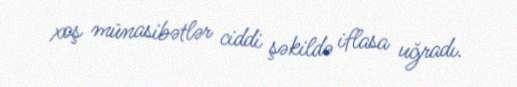
xoş münasibətlər ciddi şəkildə iflasa uğradı.